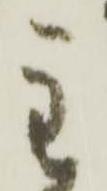
主